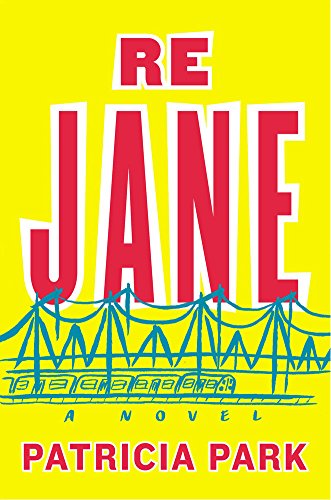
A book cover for Re Jane: A Novel; Patricia Park; Literature & Fiction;